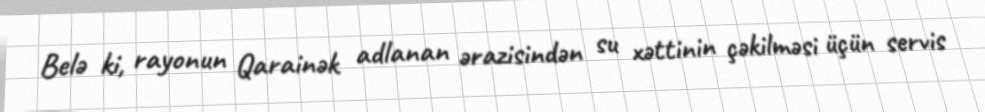
Belə ki, rayonun Qarainək adlanan ərazisindən su xəttinin çəkilməsi üçün servis